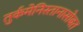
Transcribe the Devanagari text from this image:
तुर्कमेनिस्तानासोबत